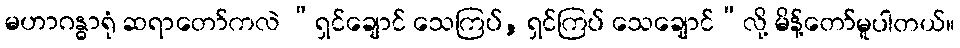
မဟာဂန္ဓာရုံ ဆရာတော်ကလဲ “ရှင်ချောင် သေကြပ်, ရှင်ကြပ် သေချောင်”လို့ မိန့်တော်မူပါတယ်။